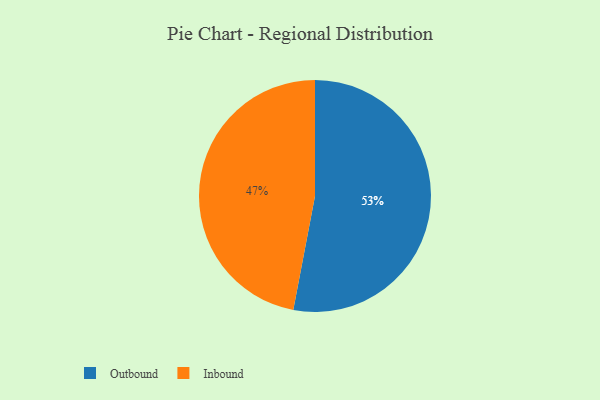
{"axis": {"x": "Category", "y": "Percentage"}, "legend": ["Inbound", "Outbound"], "data": [{"x": "Outbound", "y": 53, "type": "Outbound"}, {"x": "Inbound", "y": 47, "type": "Inbound"}]}